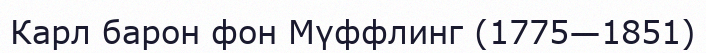
Карл барон фон Мүффлинг (1775—1851)